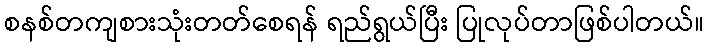
စနစ်တကျစားသုံးတတ်စေရန် ရည်ရွယ်ပြီး ပြုလုပ်တာဖြစ်ပါတယ်။